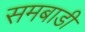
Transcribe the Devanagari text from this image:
समबाडी